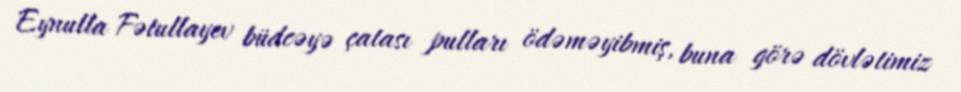
Eynulla Fətullayev büdcəyə çatası pulları ödəməyibmiş, buna görə dövlətimiz